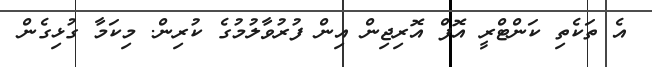
އެ ތަކެތި ކަންޓްރީ އޮފް އޮރިޖިން އިން ފުރުވާލުމުގެ ކުރިން. މިކަމާ ގުޅިގެން